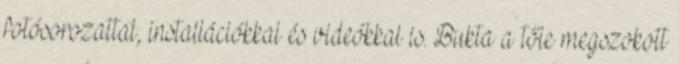
fotósorozattal, installációkkal és videókkal is. Bukta a tőle megszokott